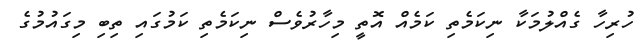
ހުރިހާ ގެއްލުމަކާ ނިކަމެތި ކަމެއް އޮތީ މިހާރުވެސް ނިކަމެތި ކަމުގައި ތިބި މިގައުމުގެ